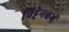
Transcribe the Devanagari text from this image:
विट्टेनबर्ग